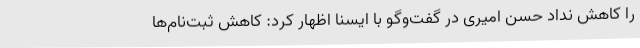
را کاهش نداد حسن امیری در گفت‌وگو با ایسنا اظهار کرد: کاهش ثبت‌نام‌ها